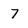
Character: 7